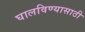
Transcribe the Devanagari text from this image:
घालविण्‍यासाठी